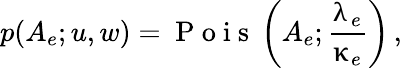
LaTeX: p(A_{e};u,w)=\mathrm{~P~o~i~s~}\left(A_{e};\frac{\uplambda_{e}}{\upkappa_{e}}\right)\, ,